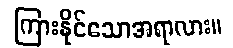
ကြားနိုင်သောအရာလား။